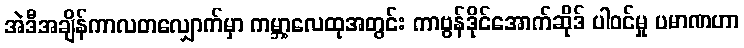
အဲဒီအချိန်ကာလတလျှောက်မှာ ကမ္ဘာ့လေထုအတွင်း ကာဗွန်ဒိုင်အောက်ဆိုဒ် ပါဝင်မှု ပမာဏဟာ